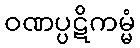
ဝဏပ္ပဋိကမ္မံ